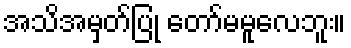
အသိအမှတ်ပြု တော်မမူလေဘူး။